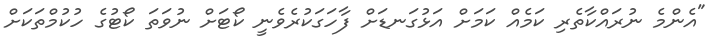
"އެންމެ ނުރައްކާތެރި ކަމެއް ކަމަށް އަޅުގަނޑަށް ފާހަގަކުރެވެނީ ކޯޓަށް ނުވަތަ ކޯޓުގެ ހުކުމްތަކަށް